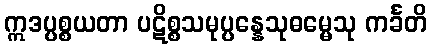
ဣဒပ္ပစ္စယတာ ပဋိစ္စသမုပ္ပန္နေသုဓမ္မေသု ကင်္ခတိ